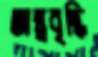
অন্ত্রবৃদ্ধি